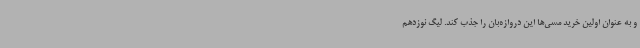
و به عنوان اولین خرید مسی‌ها این دروازه‌بان را جذب کند. لیگ نوزدهم